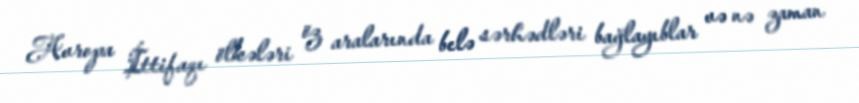
Avropa İttifaqı ölkələri öz aralarında belə sərhədləri bağlayıblar və nə zaman